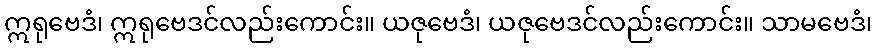
ဣရုဗေဒံ၊ ဣရုဗေဒင်လည်းကောင်း။ ယဇုဗေဒံ၊ ယဇုဗေဒင်လည်းကောင်း။ သာမဗေဒံ၊